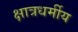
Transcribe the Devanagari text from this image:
क्षात्रधर्मीय